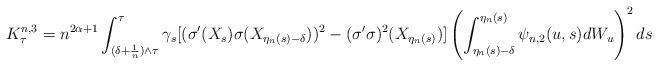
LaTeX: \begin{align*} K^{n,3}_\tau &=n^{2\alpha+1} \int^{\tau}_{(\delta+\frac 1n) \wedge \tau }\gamma_s [ (\sigma'(X_s) \sigma( X_{\eta_n(s) -\delta}))^2 - ( \sigma'\sigma)^2(X_{\eta_n(s)})] \left( \int_{\eta_n(s)-\delta}^{\eta_n(s)}\psi_{n,2}(u,s) dW_u \right)^2 ds \end{align*}